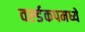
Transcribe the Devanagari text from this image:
वर्ल्डकपमध्ये